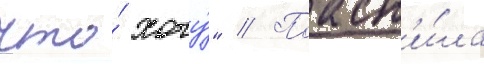
что́ хочу́" // Поасн'и́ла